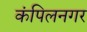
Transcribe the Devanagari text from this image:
कंपिलनगर